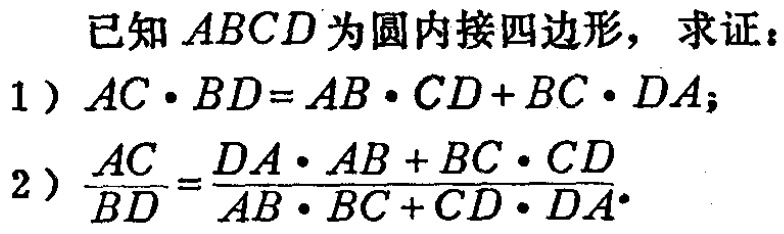
已知 \(ABCD\) 为圆内接四边形，求证：
1）\(AC\cdot BD = AB\cdot CD + BC\cdot DA\)；
2）\(\frac{AC}{BD}=\frac{DA\cdot AB + BC\cdot CD}{AB\cdot BC + CD\cdot DA}\)。